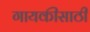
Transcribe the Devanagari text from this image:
गायकीसाठी